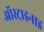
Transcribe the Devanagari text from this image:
ऑस्ट्राइनाइ